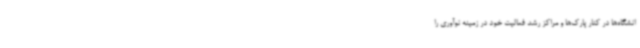
انشگاه‌ها در کنار پارک‌ها و مراکز رشد فعالیت خود در زمینه نوآوری را